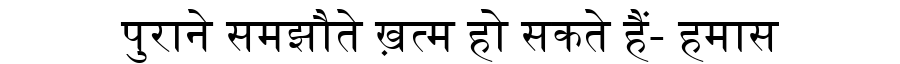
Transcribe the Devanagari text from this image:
पुराने समझौते ख़त्म हो सकते हैं- हमास